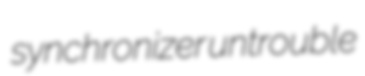
synchronizer untrouble